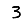
Digit: 3